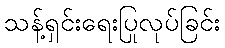
သန့်ရှင်းရေးပြုလုပ်ခြင်း